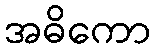
အဓိကော